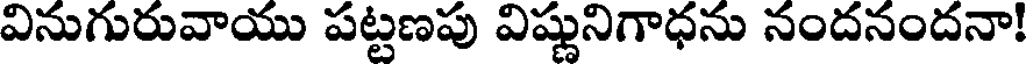
వినుగురువాయు పట్టణపు విష్ణునిగాధను నందనందనా!